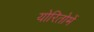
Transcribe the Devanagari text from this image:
योरितोमें